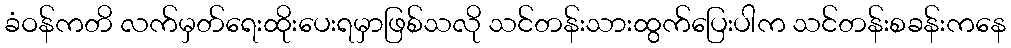
ခံဝန်ကတိ လက်မှတ်ရေးထိုးပေးရမှာဖြစ်သလို သင်တန်းသားထွက်ပြေးပါက သင်တန်းစခန်းကနေ